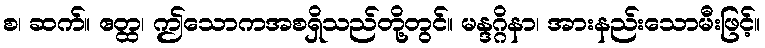
စ၊ ဆက်။ ဧတ္ထ၊ ဤသောကအစရှိသည်တို့တွင်။ မန္ဒဂ္ဂိနာ၊ အားနည်းသောမီးဖြင့်။